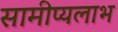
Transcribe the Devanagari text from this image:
सामीप्यलाभ